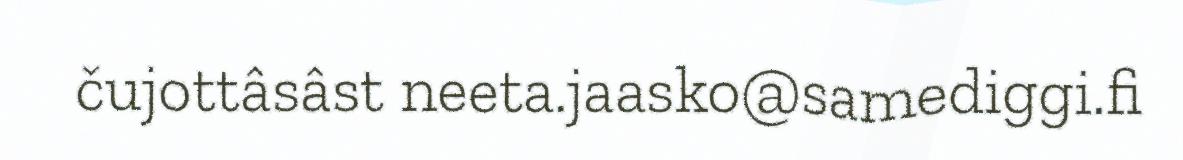
čujottâsâst neeta.jaasko@samediggi.fi